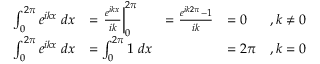
\begin{array} { r l r l r } { \int _ { 0 } ^ { 2 \pi } e ^ { i k x } \; d x } & { = \left. \frac { e ^ { i k x } } { i k } \right| _ { 0 } ^ { 2 \pi } } & { = \frac { e ^ { i k 2 \pi } - 1 } { i k } } & { = 0 } & { , k \neq 0 } \\ { \int _ { 0 } ^ { 2 \pi } e ^ { i k x } \; d x } & { = \int _ { 0 } ^ { 2 \pi } 1 \; d x } & & { = 2 \pi } & { , k = 0 } \end{array}